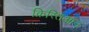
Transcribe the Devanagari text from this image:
क्रिस्तिआन